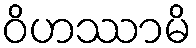
ဝိဟဿာမိ